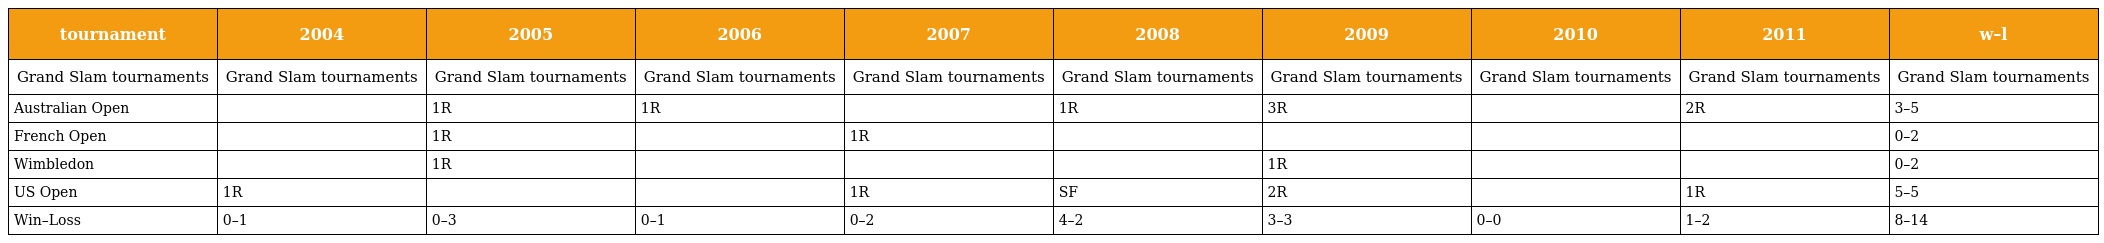
| tournament | 2004 | 2005 | 2006 | 2007 | 2008 | 2009 | 2010 | 2011 | w–l |
 | --- | --- | --- | --- | --- | --- | --- | --- | --- | --- |
 | Grand Slam tournaments | Grand Slam tournaments | Grand Slam tournaments | Grand Slam tournaments | Grand Slam tournaments | Grand Slam tournaments | Grand Slam tournaments | Grand Slam tournaments | Grand Slam tournaments | Grand Slam tournaments |
 | Australian Open |  | 1R | 1R |  | 1R | 3R |  | 2R | 3–5 |
 | French Open |  | 1R |  | 1R |  |  |  |  | 0–2 |
 | Wimbledon |  | 1R |  |  |  | 1R |  |  | 0–2 |
 | US Open | 1R |  |  | 1R | SF | 2R |  | 1R | 5–5 |
 | Win–Loss | 0–1 | 0–3 | 0–1 | 0–2 | 4–2 | 3–3 | 0–0 | 1–2 | 8–14 |